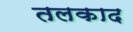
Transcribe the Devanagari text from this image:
तलकाद